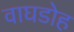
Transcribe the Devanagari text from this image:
वाघडोह